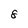
Character: 8